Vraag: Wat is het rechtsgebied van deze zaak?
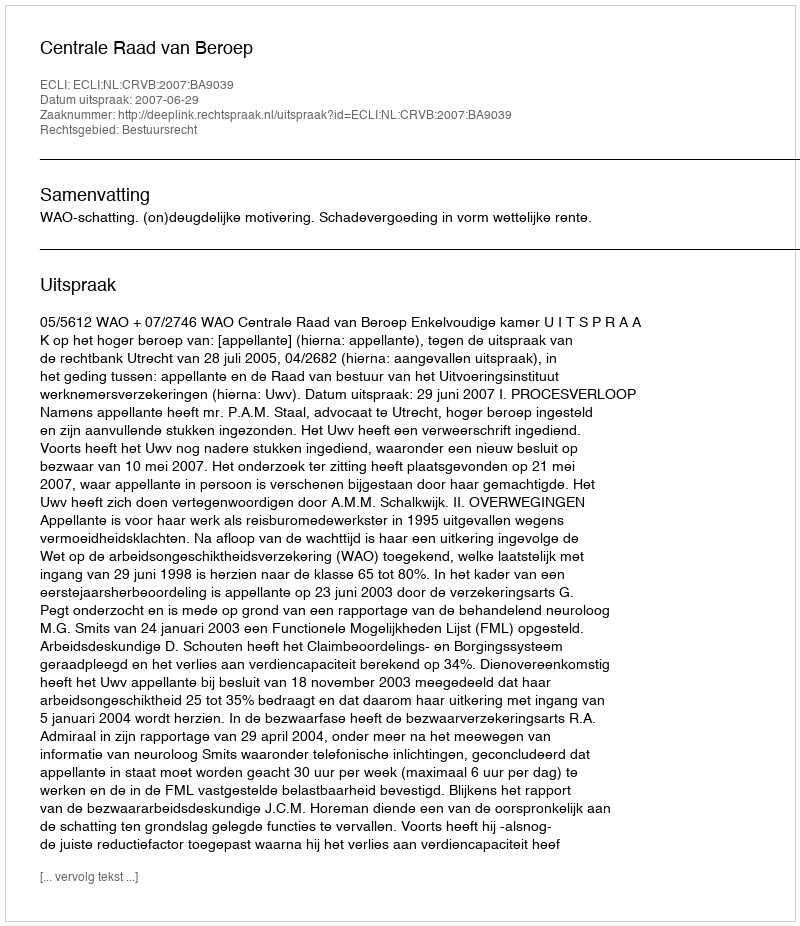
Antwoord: Bestuursrecht